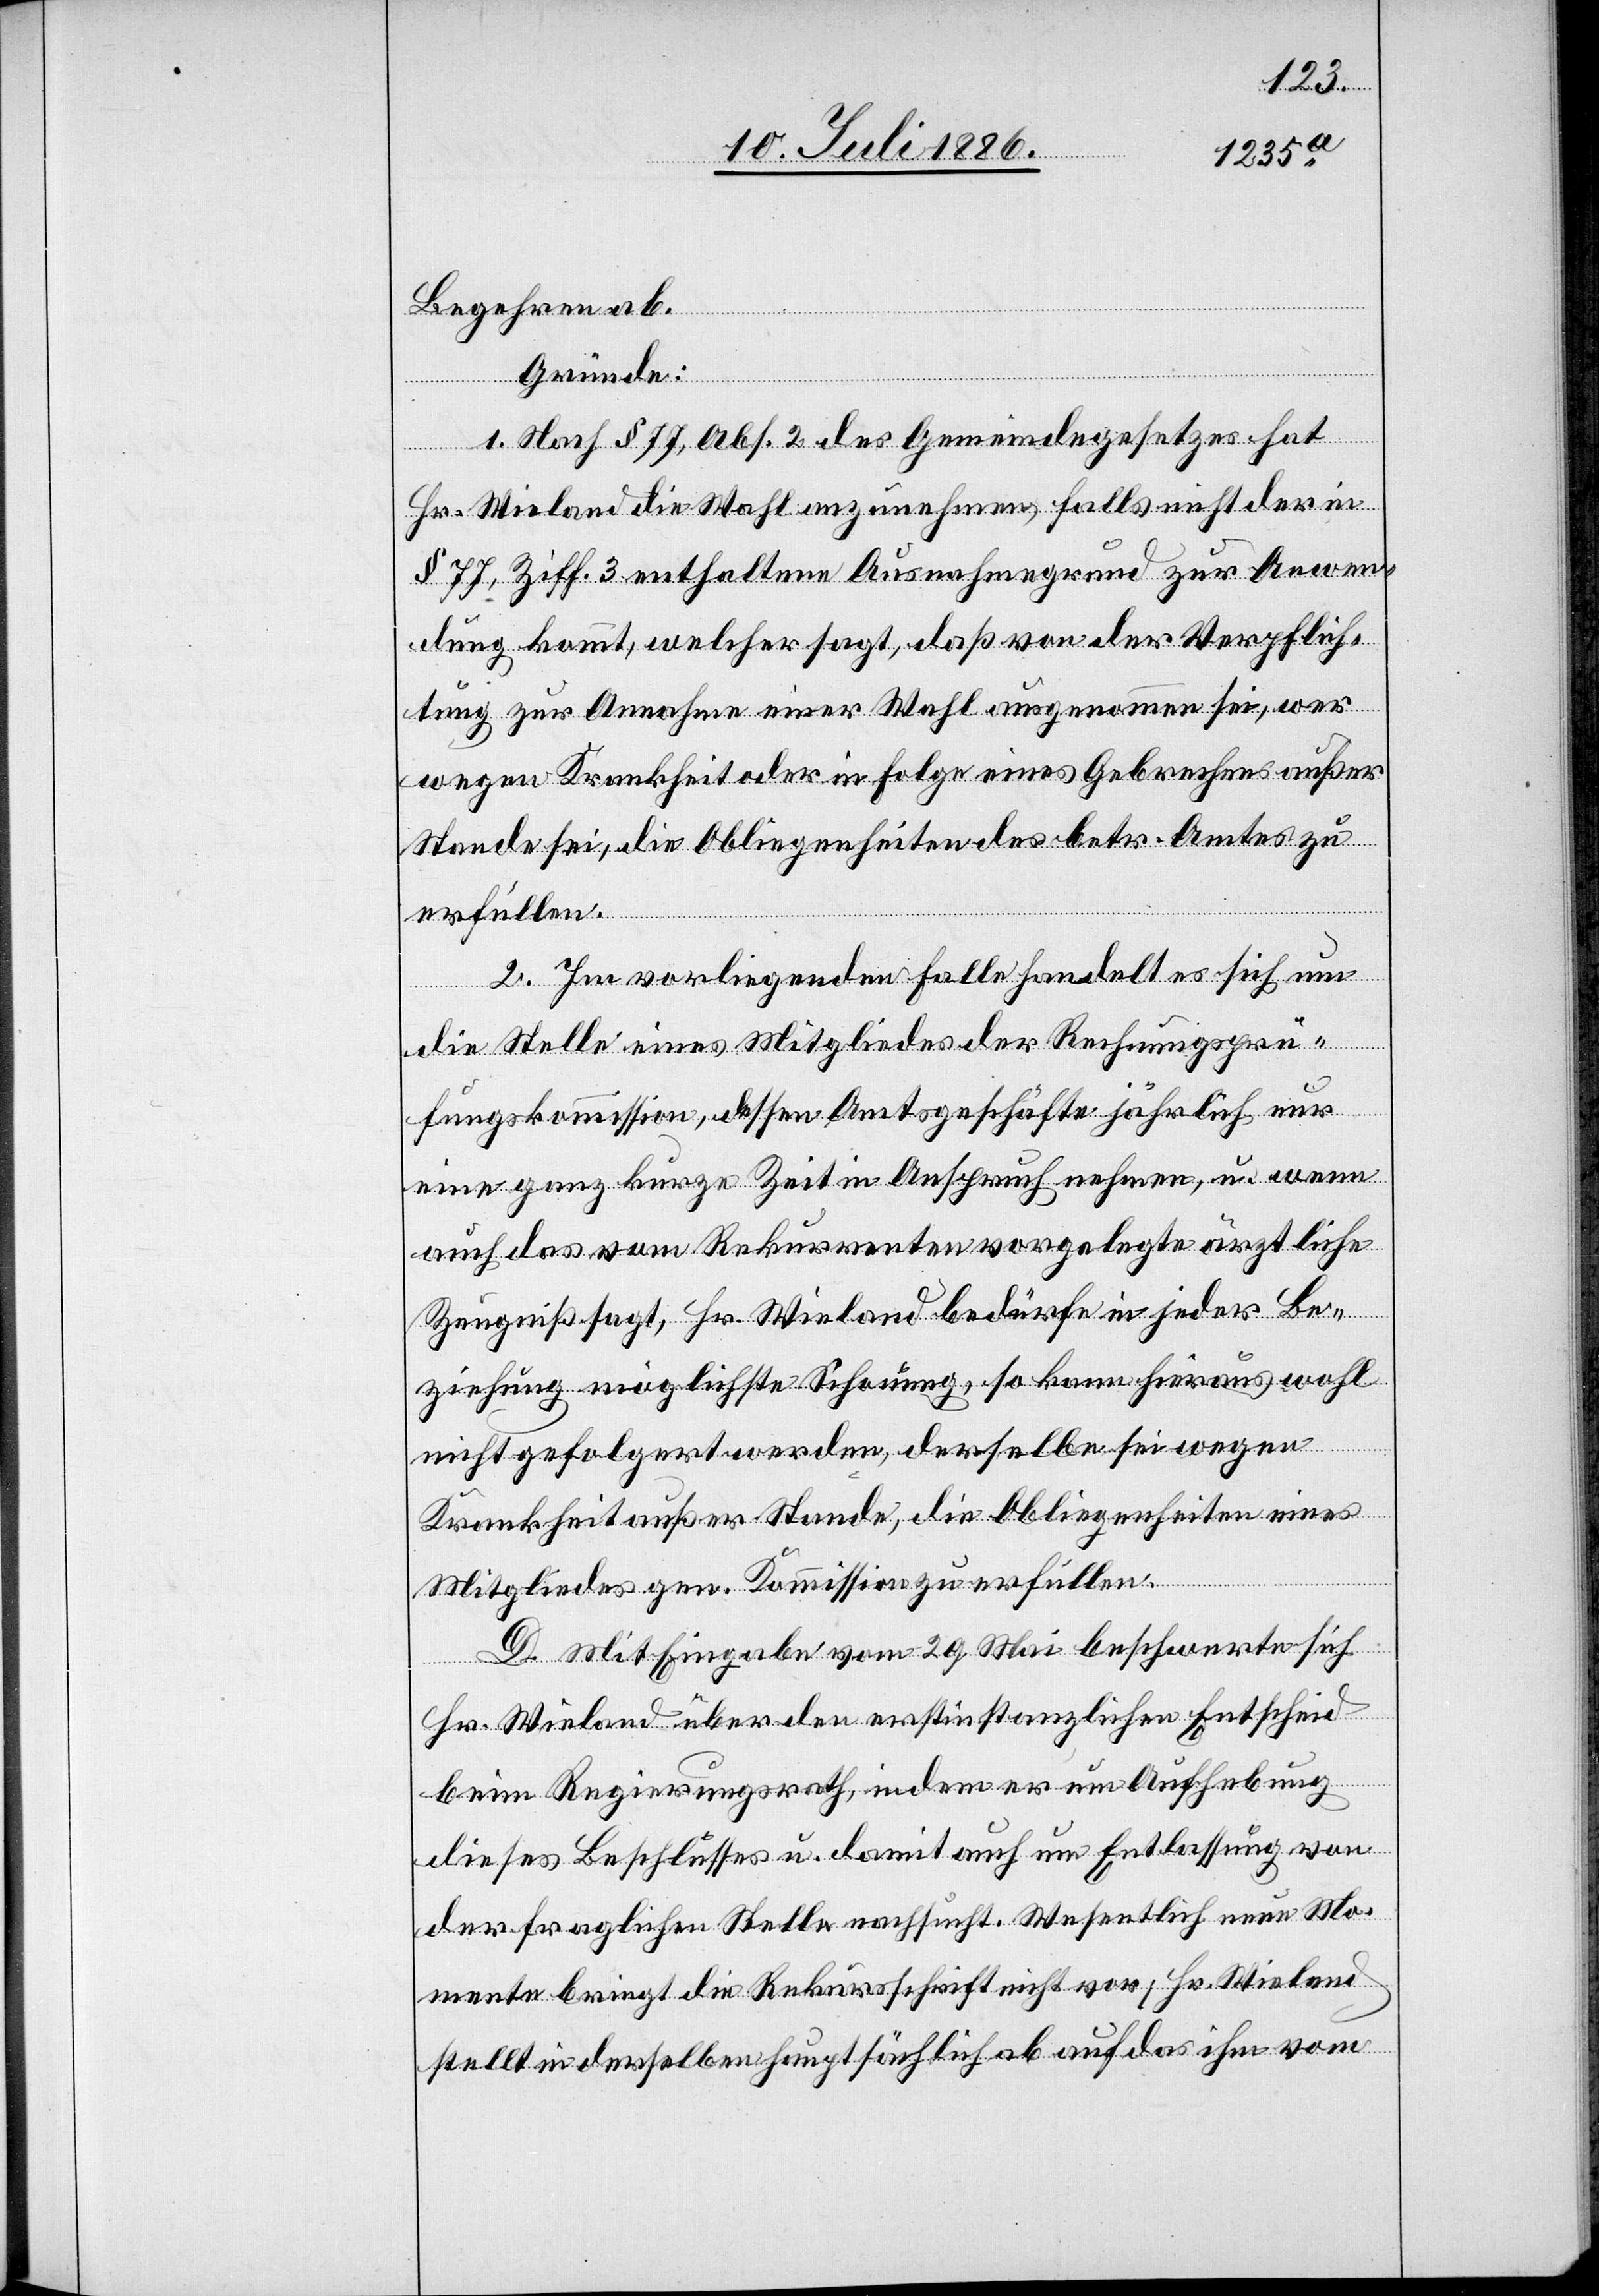
Begehren ab.
Gründe:
1. Nach § 77, Abs. 2 des Gemeindegesetzes hat
Hr. Wieland die Wahl anzunehmen, falls nicht der in
§ 77, Ziff. 3 enthaltene Ausnahmegrund zur Anwen¬
dung kommt, welcher sagt, daß von der Verpflich¬
tung zur Annahme einer Wahl ausgenommen sei, wer
wegen Krankheit oder in Folge eines Gebrechens außer
Stande sei, die Obliegenheiten des betr. Amtes zu
erfüllen.
2. Im vorliegenden Falle handelt es sich um
die Stelle eines Mitgliedes der Rechnungsprü¬
fungskommission, dessen Amtsgeschäfte jährlich nur
eine ganz kurze Zeit in Anspruch nehmen, u. wenn
auch das vom Rekurrenten vorgelegte ärztliche
Zeugniß sagt, Hr. Wieland bedürfe in jeder Be¬
ziehung möglichste Schonung, so kann hieraus wohl
nicht gefolgert werden, derselbe sei wegen
Krankheit außer Stande, die Obliegenheiten eines
Mitgliedes gen. Kommission zu erfüllen.
D. Mit Eingabe vom 29. Mai beschwerte sich
Hr. Wieland über den erstinstanzlichen Entscheid
beim Regierungsrath, indem er um Aufhebung
dieses Beschlusses u. damit auch um Entlassung von
der fraglichen Stelle nachsucht. Wesentlich neue Mo¬
mente bringt die Rekursschrift nicht vor; Hr. Wieland
stellt in derselben hauptsächlich ab auf das ihm vom